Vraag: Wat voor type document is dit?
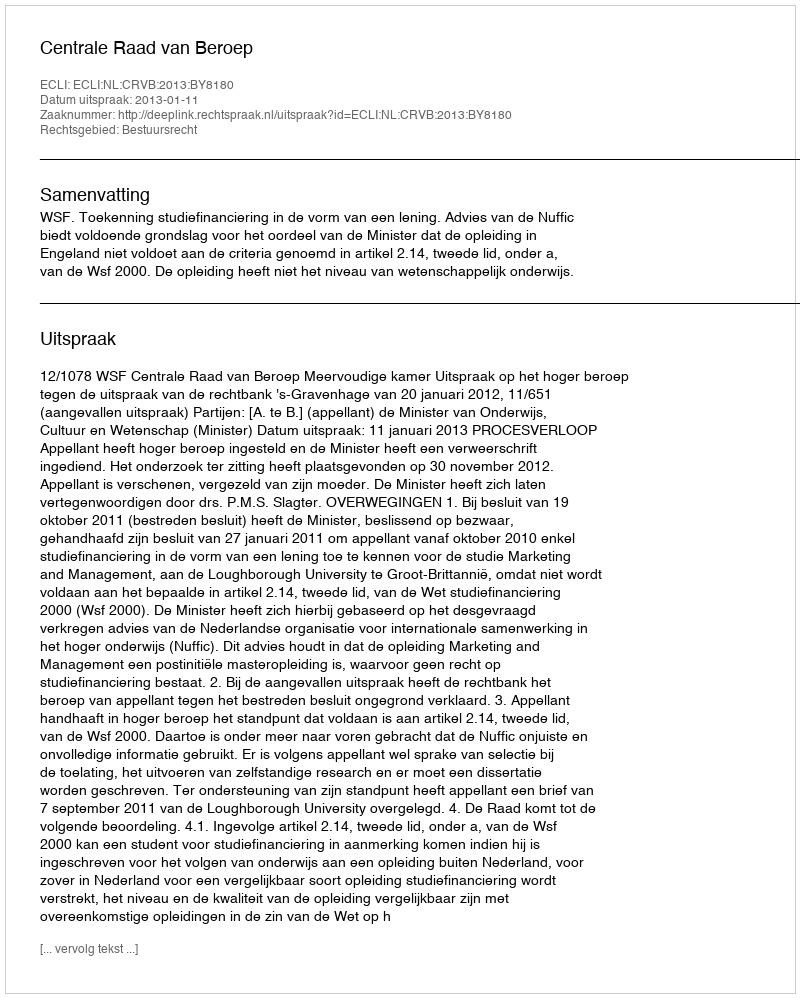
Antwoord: Uitspraak